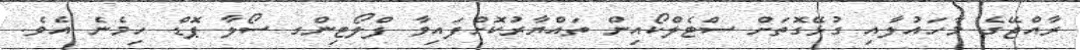
ރާއްޖޭގެ މާހައުލާއި ގުޅޭގޮތަށް ސްޓެލްކޯއިން ތައްޔާރުކޮށްފައިވާ ފްލޯޓިންގ ސޯލާ ޕޮޑް ހިމެނެ އެވެ.